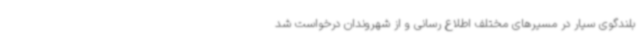
بلندگوی سیار در مسیرهای مختلف اطلاع رسانی و از شهروندان درخواست شد